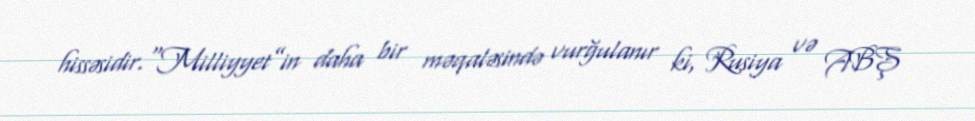
hissəsidir.“Milliyyet”in daha bir məqaləsində vurğulanır ki, Rusiya və ABŞ